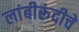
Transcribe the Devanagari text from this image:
लांबीरूंदीचे